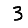
Digit: 3